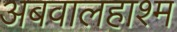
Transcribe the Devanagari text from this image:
अबवालहाश्म